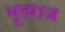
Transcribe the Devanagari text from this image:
भूतराज